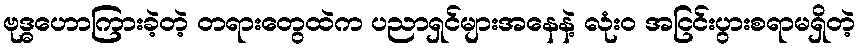
ဗုဒ္ဓဟောကြားခဲ့တဲ့ တရားတွေထဲက ပညာရှင်များအနေနဲ့ လုံးဝ အငြင်းပွားစရာမရှိတဲ့